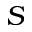
S